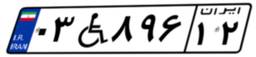
۰۳W۸۹۶۱۲